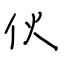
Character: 伙